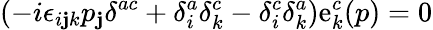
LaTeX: (-i\epsilon_{i\mathbf{j}k}p_{\mathbf{j}}\delta^{ac}+\delta_{i}^{a}\delta_{k}^{c}-\delta_{i}^{c}\delta_{k}^{a})\mathrm{e}_{k}^{c}(p)=0